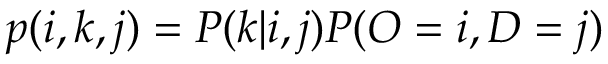
p ( i , k , j ) = P ( k | i , j ) P ( O = i , D = j )